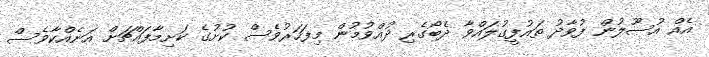
އެއް އުސޫލުން ފުވާދު ތައުފީގުލައްވާ ދެބޯގެރި ދުއްވުމުން މިފަހަރުވެސް ކުށުގެ ކަށިމާފައްޗަށް އަނެއްކާވެސް